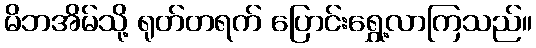
မိဘအိမ်သို့ ရုတ်တရက် ပြောင်းရွှေ့လာကြသည်။